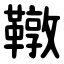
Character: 䪃